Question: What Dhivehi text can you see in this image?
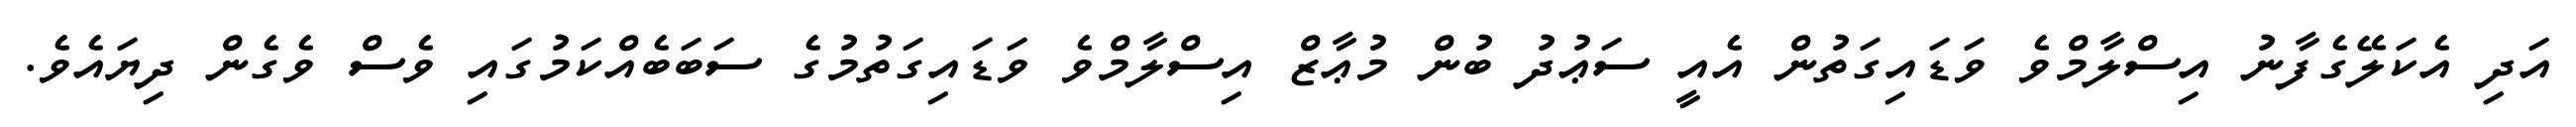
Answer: އަދި އެކަލޭގެފާނު އިސްލާމްވެ ވަޑައިގަތުން އެއީ ސަޢުދު ބުން މުޢާޒް އިސްލާމްވެ ވަޑައިގަތުމުގެ ސަބަބެއްކަމުގައި ވެސް ވެގެން ދިޔައެވެ.